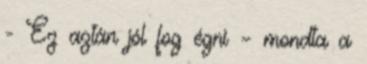
- Ez aztán jól fog égni – mondta a